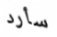
سأرد